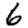
Digit: 6